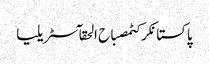
پاکستانکرکٹمصباح الحقآسٹریلیا